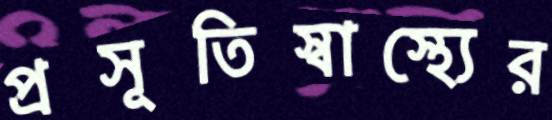
প্রসূতিস্বাস্থ্যের